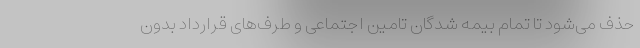
حذف می‌شود تا تمام بیمه شدگان تامین اجتماعی و طرف‌های قرارداد بدون